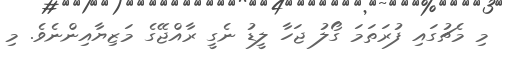
މި މެޗުގައި ފުރަތަމަ ގޯލު ޖަހާ ލީޑު ނެގީ ރާއްޖޭގެ މަޒިޔާއިންނެވެ. މި